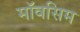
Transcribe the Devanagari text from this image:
मॉवसिम